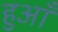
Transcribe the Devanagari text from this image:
हुआँ